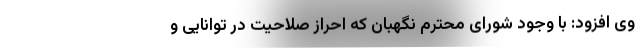
وی افزود: با وجود شورای محترم نگهبان که احراز صلاحیت در توانایی و